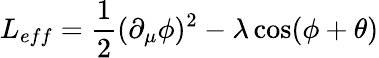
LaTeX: L_{eff}=\frac{1}{2}(\partial_{\mu}\phi)^{2}-\lambda\cos(\phi+\theta)